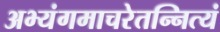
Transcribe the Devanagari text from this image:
अभ्यंगमाचरेतन्नित्यं